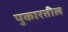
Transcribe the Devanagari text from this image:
पुकारतील